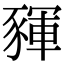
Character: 䝍